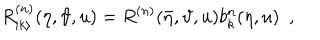
R _ { | k \rangle } ^ { ( n ) } ( \eta , \vartheta , u ) = R ^ { ( n ) } ( \bar { \eta } , \vartheta , u ) b _ { k } ^ { n } ( \eta , u ) \, \, \, ,